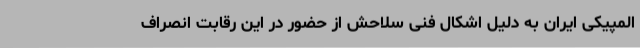
المپیکی ایران به دلیل اشکال فنی سلاحش از حضور در این رقابت‌ انصراف